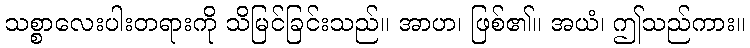
သစ္စာလေးပါးတရားကို သိမြင်ခြင်းသည်။ အာဟ၊ ဖြစ်၏။ အယံ၊ ဤသည်ကား။